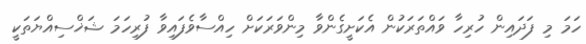
ހަމަ މި ފަދައިން ހުރިހާ ވައްތަރަކުން އެކަށީގެންވާ މިންވަރަކަށް ހިއްސާވެފައިވާ ފުރިހަމަ ޝަޚްސިއްޔަތަކީ